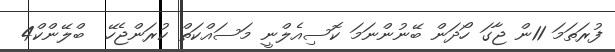
ފުރަތަމަ 11ން ޖާގަ ހޯދަން ބޭނުންނަމަ ކޮސިއެލްނީ މަސައްކަތް ކުރަންޖެހޭ  ބްލޭންކް4